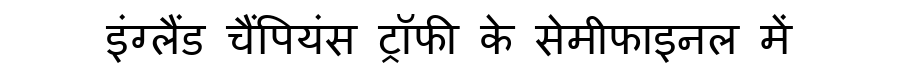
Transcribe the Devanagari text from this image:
इंग्लैंड चैंपियंस ट्रॉफी के सेमीफाइनल में